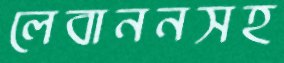
লেবাননসহ